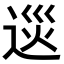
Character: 𨓌